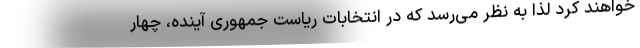
خواهند کرد لذا به نظر می‌رسد که در انتخابات ریاست جمهوری آینده، چهار